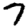
Digit: 7